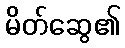
မိတ်ဆွေ၏